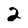
Character: 2